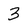
Character: 3